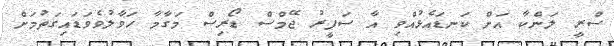
ސްރީ ލަންކާ އަށް ކަނޑައެޅުއްވި އާ ސަފީރު ޖޭމްސް ޑޯރިސް މަގާމާ ހަވާލުވެވަޑައިގަތުމަަށް